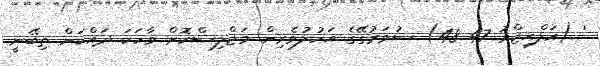
' (އަލްޙިޖްރު 47 48) ސުވަރުގޭގެ އަހުލުވެރިން މަޖްލިސްކޮށް ވާހަކަ ދައްކަން ތިބޭނީ